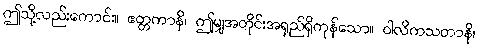
ဤသို့လည်းကောင်း။ ဧတ္တကာနိ၊ ဤမျှအတိုင်းအရှည်ရှိကုန်သော။ ဝါလိကသတာနိ၊